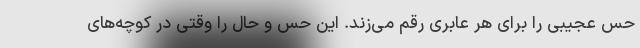
حس عجیبی را برای هر عابری رقم می‌زند. این حس و حال را وقتی در کوچه‌های